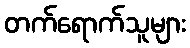
တက်ရောက်သူများ